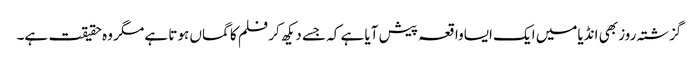
گزشتہ روز بھی انڈیامیں ایک ایساواقعہ پیش آیا ہے کہ جسے دیکھ کر فلم کا گماں ہوتا ہے مگر وہ حقیقت ہے۔